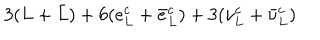
LaTeX: 3 ( L + \bar { L } ) + 6 ( e _ { L } ^ { c } + \bar { e } _ { L } ^ { c } ) + 3 ( \nu _ { L } ^ { c } + \bar { \nu } _ { L } ^ { c } )